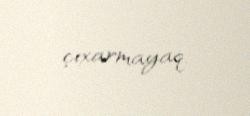
çıxarmayaq.